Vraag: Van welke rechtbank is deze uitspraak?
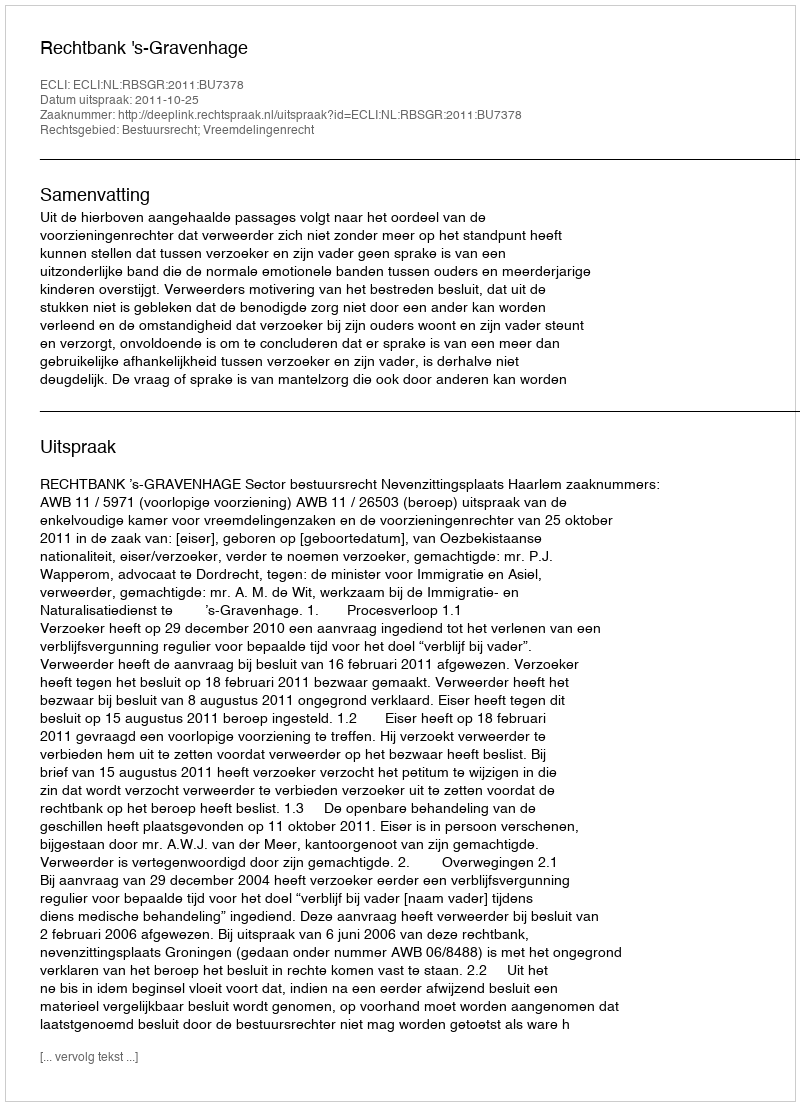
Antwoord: Rechtbank 's-Gravenhage